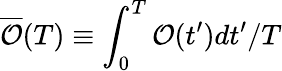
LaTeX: \overline{{\mathcal O}}(T)\equiv\int_{0}^{T}{\mathcal O}(t^{\prime})dt^{\prime}/T